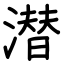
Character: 潜